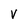
Character: V